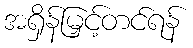
အရှိန်မြှင့်တင်ရန်